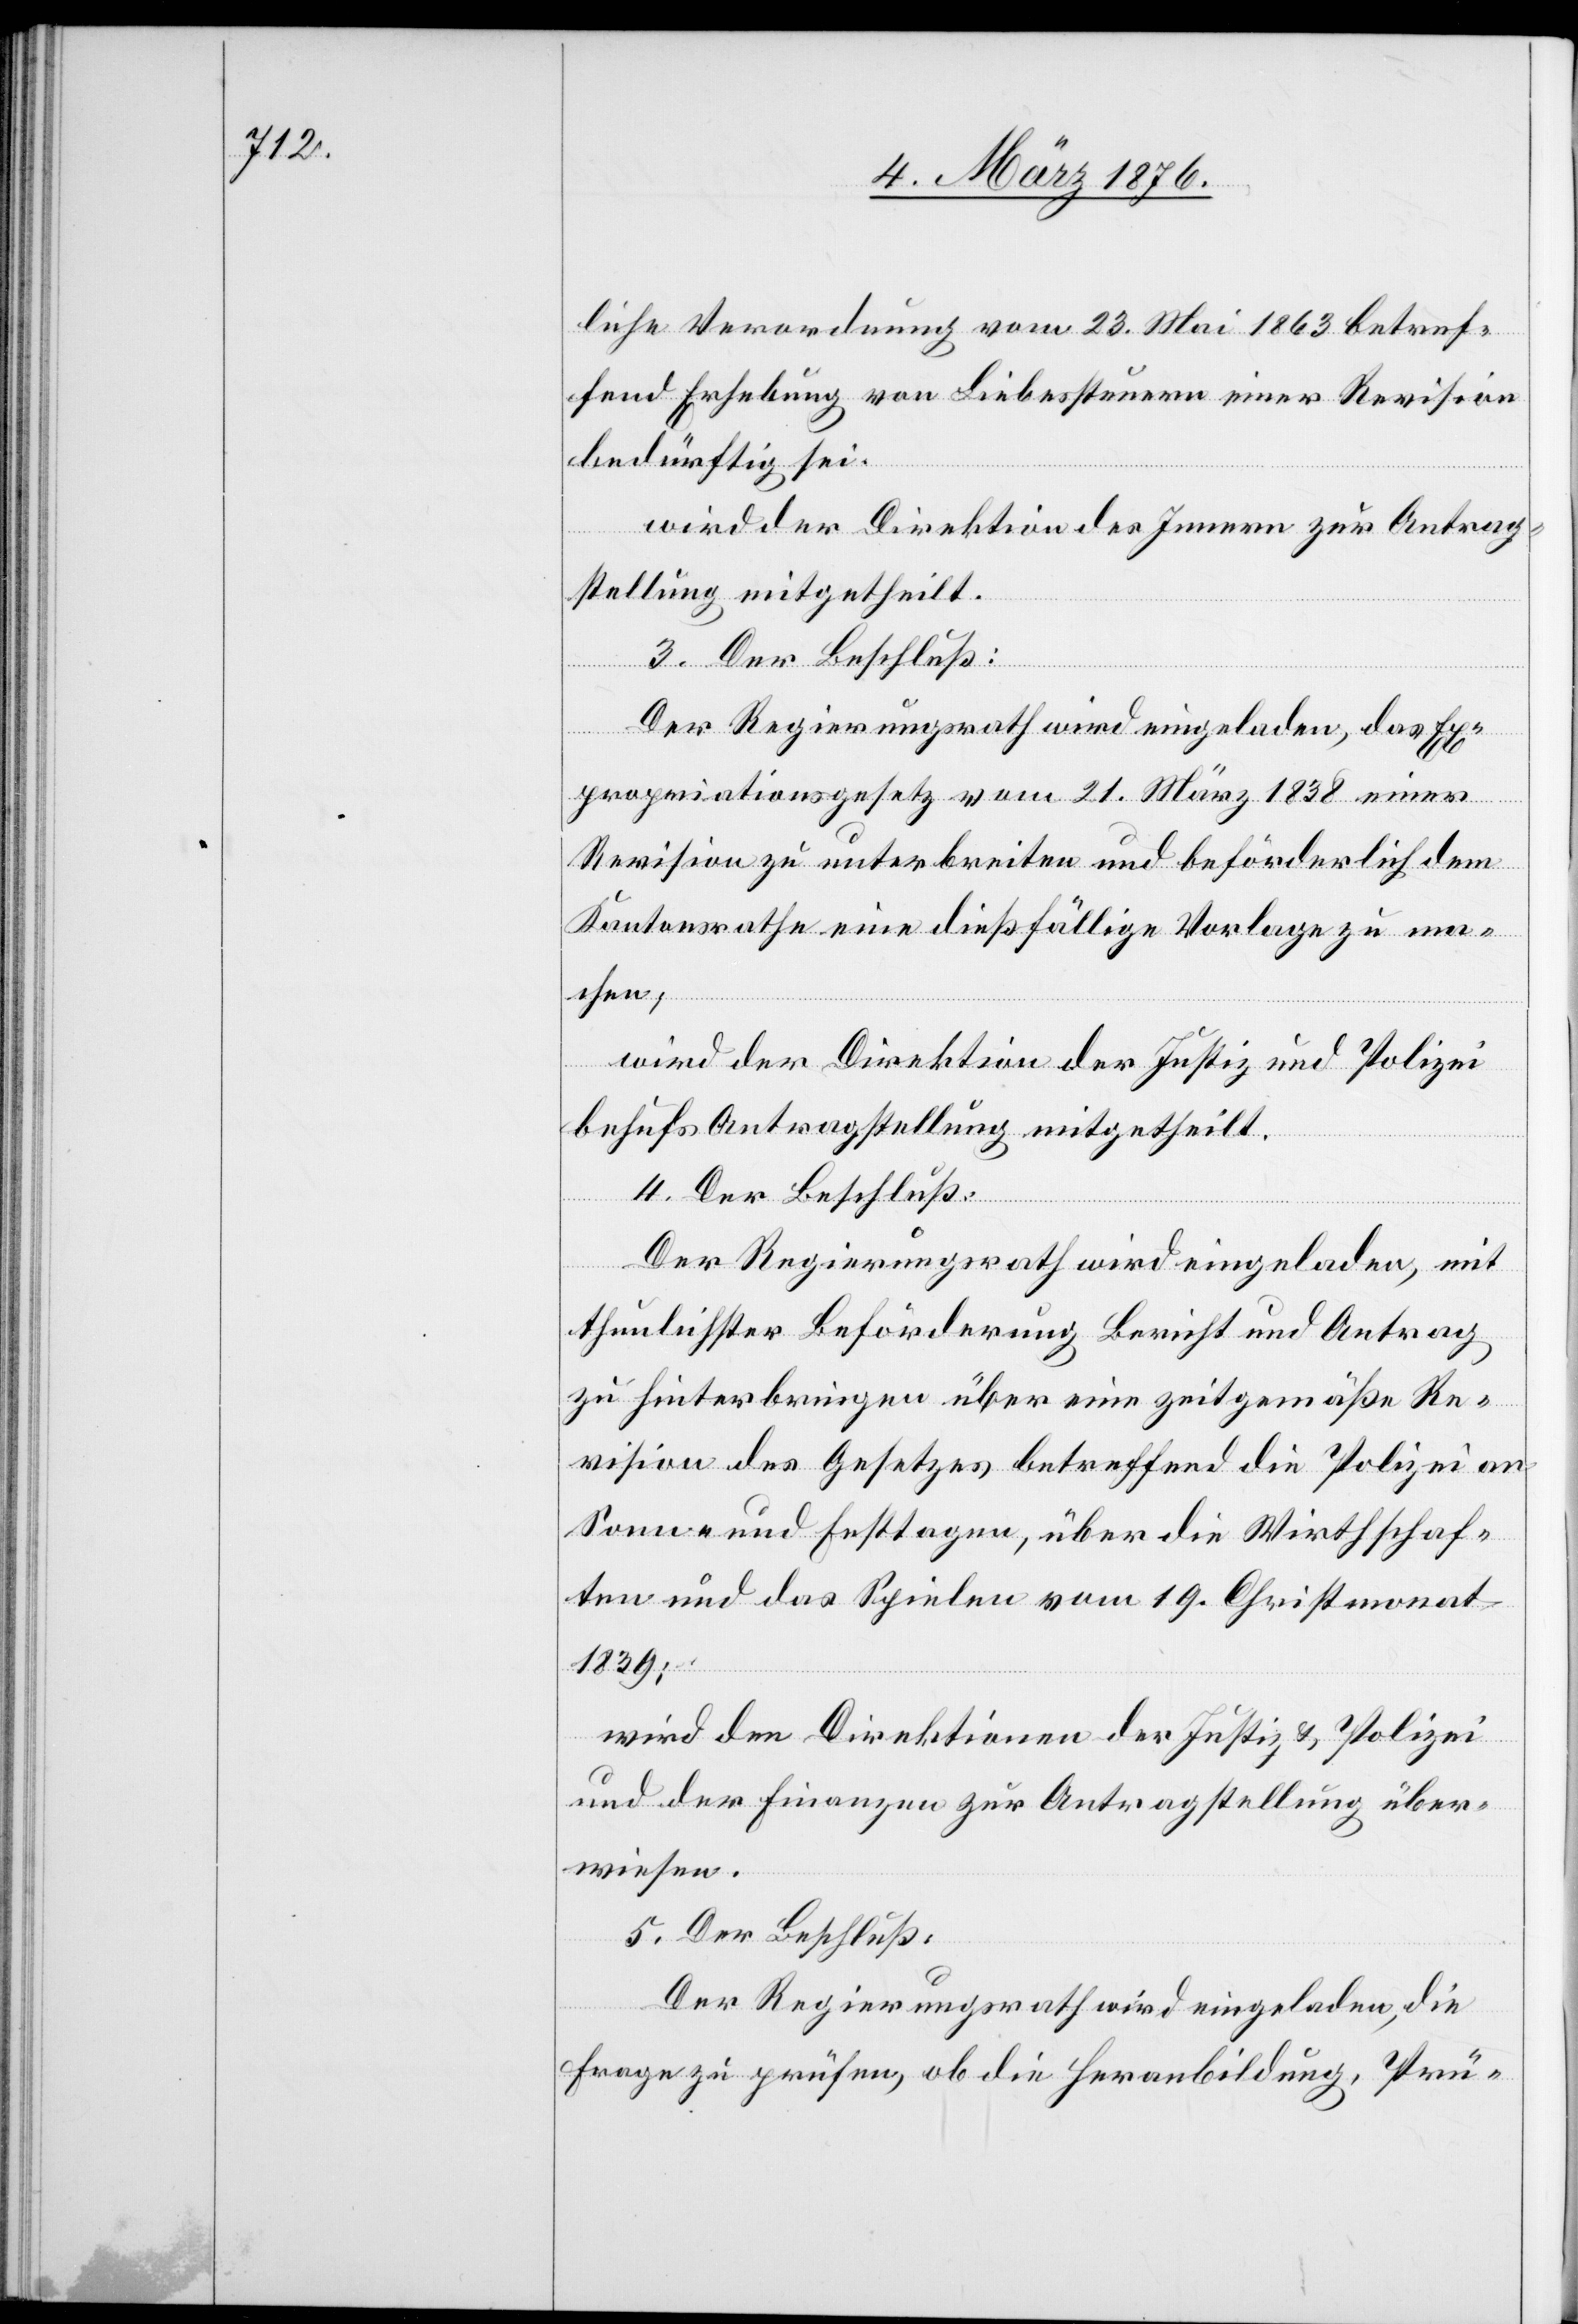
liche Verordnung vom 23. Mai 1863 betref¬
fend Erhebung von Liebessteuern einer Revision
bedürftig sei,
wird der Direktion des Innern zur Antrag¬
stellung mitgetheilt.
3. Der Beschluß:
Der Regierungsrath wird eingeladen, das Ex¬
propriationsgesetz vom 21. März 1838 einer
Revision zu unterbreiten und beförderlich dem
Kantonsrathe eine dießfällige Vorlage zu ma¬
chen,
wird der Direktion der Justiz und Polizei
behufs Antragsstellung mitgetheilt.
4. Der Beschluß:
Der Regierungsrath wird eingeladen, mit
thunlichster Beförderung Bericht und Antrag
zu hinterbringen über eine zeitgemäße Re¬
vision des Gesetzes betreffend die Polizei an
Sonn- und Festtagen, über die Wirthschaf¬
ten und das Spielen vom 19. Christmonat
1839;
wird den Direktionen der Justiz & Polizei
und der Finanzen zur Antragstellung über¬
wiesen.
5. Der Beschluß:
Der Regierungsrath wird eingeladen, die
Frage zu prüfen, ob die Heranbildung, Prü-